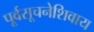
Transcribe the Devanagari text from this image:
पूर्वसूचनेशिवाय